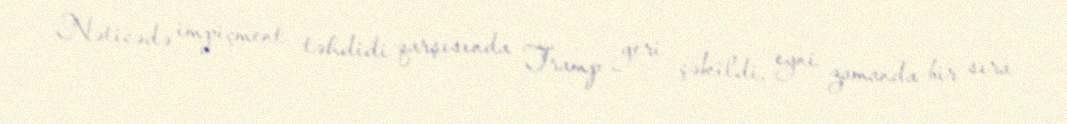
Nəticədə impiçment təhdidi qarşısında Tramp geri çəkildi, eyni zamanda bir sıra